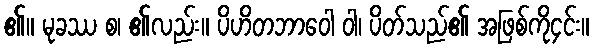
၏။ မုခဿ စ၊ ၏လည်း။ ပိဟိတဘာဝေါ ဝါ၊ ပိတ်သည်၏ အဖြစ်ကို၄င်း။